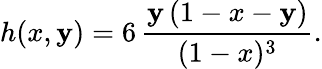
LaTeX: h(x,\mathbf{y})=6\, \frac{{\mathbf{y}\, (1-x-\mathbf{y})}}{{(1-x)^{3}}}.